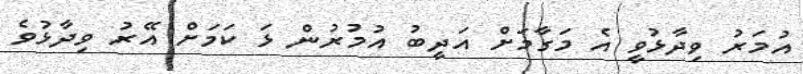
އުމަރު ވިދާޅުވީ އެ މަގާމަށް އަދީބު އުމުރުން ޅަ ކަމަށް އޭރު ވިދާޅުވެ